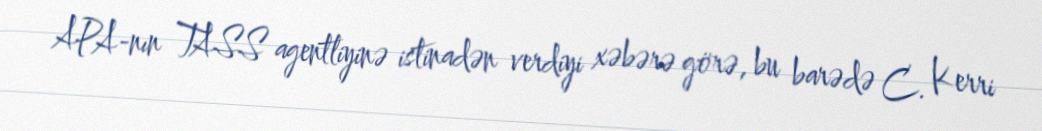
APA-nın TASS agentliyinə istinadən verdiyi xəbərə görə, bu barədə C. Kerri